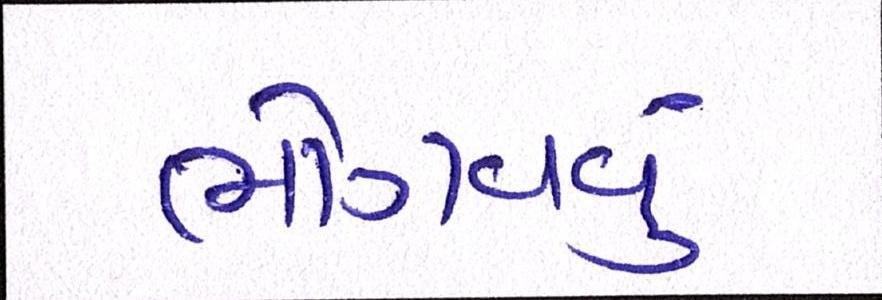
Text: ભોગવવું